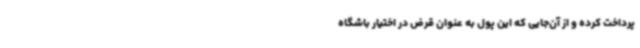
پرداخت کرده و از آن‌جایی که این پول به عنوان قرض در اختیار باشگاه